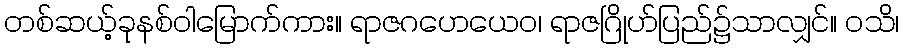
တစ်ဆယ့်ခုနစ်ဝါမြောက်ကား။ ရာဇဂဟေယေဝ၊ ရာဇဂြိုဟ်ပြည်၌သာလျှင်။ ဝသိ၊